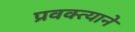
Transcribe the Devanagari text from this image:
प्रवक्त्याने